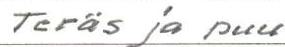
Teräs ja puu